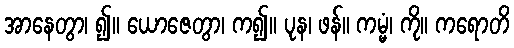
အာနေတွာ၊ ၍။ ယောဇေတွာ၊ က၍။ ပုန၊ ဖန်။ ကမ္မံ၊ ကို။ ကရောတိ